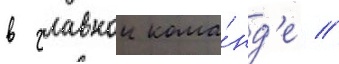
в главнои кома́нд'е //